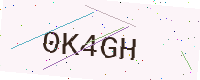
Text: 0K4GH